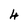
Character: 4